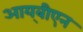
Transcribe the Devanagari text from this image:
आय्‌बीएन